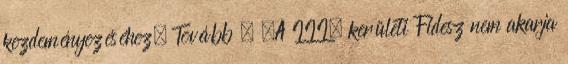
kezdeményezéséhez. Tovább › ›A III. kerületi Fidesz nem akarja